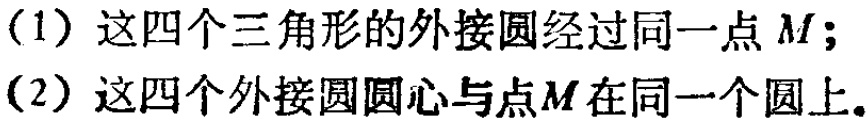
（1）这四个三角形的外接圆经过同一点 \(M\)；
（2）这四个外接圆圆心与点\(M\)在同一个圆上。